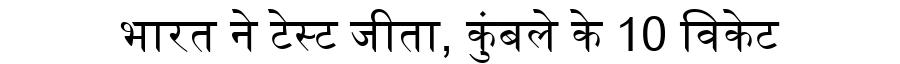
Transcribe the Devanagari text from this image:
भारत ने टेस्ट जीता, कुंबले के 10 विकेट